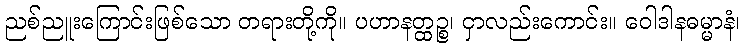
ညစ်ညူးကြောင်းဖြစ်သော တရားတို့ကို။ ပဟာနတ္ထဉ္စ၊ ငှာလည်းကောင်း။ ဝေါဒါနဓမ္မာနံ၊